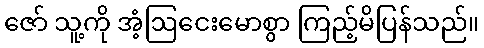
ဇော် သူ့ကို အံ့ဩငေးမောစွာ ကြည့်မိပြန်သည်။